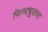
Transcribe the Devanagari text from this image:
फिस्ट्युलस